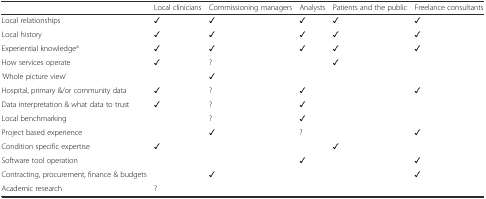
<table><thead><tr><td></td><td><b>Local clinicians</b></td><td><b>Commissioning managers</b></td><td><b>Analysts</b></td><td><b>Patients and the public</b></td><td><b>Freelance consultants</b></td></tr></thead><tbody><tr><td>Local relationships</td><td>✓</td><td>✓</td><td>✓</td><td>✓</td><td>✓</td></tr><tr><td>Local history</td><td>✓</td><td>✓</td><td>✓</td><td>✓</td><td>✓</td></tr><tr><td>Experiential knowledge<sup>a</sup></td><td>✓</td><td>✓</td><td>✓</td><td>✓</td><td>✓</td></tr><tr><td>How services operate</td><td>✓</td><td>?</td><td></td><td>✓</td><td></td></tr><tr><td>‘Whole picture view’</td><td></td><td>✓</td><td></td><td></td><td></td></tr><tr><td>Hospital, primary &amp;/or community data</td><td>✓</td><td>?</td><td>✓</td><td></td><td>✓</td></tr><tr><td>Data interpretation &amp; what data to trust</td><td>✓</td><td>?</td><td>✓</td><td></td><td></td></tr><tr><td>Local benchmarking</td><td></td><td>?</td><td>✓</td><td></td><td></td></tr><tr><td>Project based experience</td><td></td><td>✓</td><td>?</td><td></td><td>✓</td></tr><tr><td>Condition specific expertise</td><td>✓</td><td></td><td></td><td>✓</td><td></td></tr><tr><td>Software tool operation</td><td></td><td></td><td>✓</td><td></td><td>✓</td></tr><tr><td>Contracting, procurement, finance &amp; budgets</td><td></td><td>✓</td><td></td><td></td><td>✓</td></tr><tr><td>Academic research</td><td>?</td><td></td><td></td><td></td><td></td></tr></tbody></table>